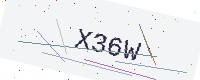
Text: X36W